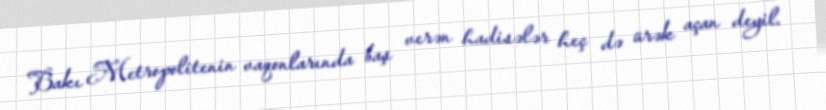
Bakı Metropolitenin vaqonlarında baş verən hadisələr heç də ürək açan deyil.